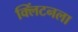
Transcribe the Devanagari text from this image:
क्लिंटनला